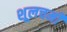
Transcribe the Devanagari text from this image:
शूलचर्मी